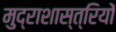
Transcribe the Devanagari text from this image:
मुद्राशास्त्रियों